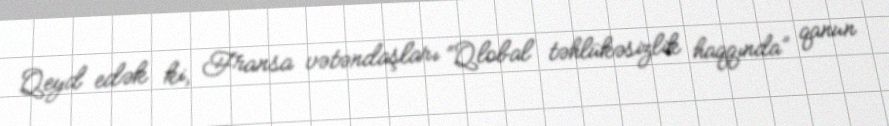
Qeyd edək ki, Fransa vətəndaşları “Qlobal təhlükəsizlik haqqında” qanun